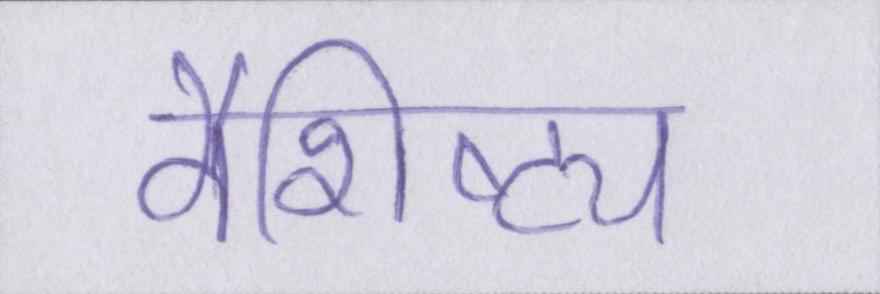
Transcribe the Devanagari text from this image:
वैशिष्ट्य